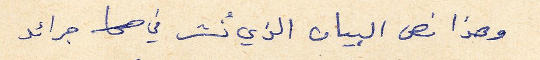
وهذا نص البيان الذي نُشر في جرائد